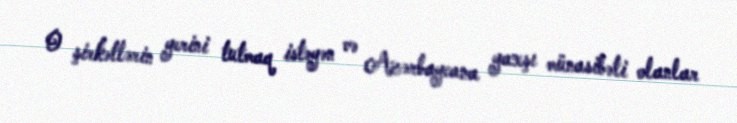
O şirkətlərin yerini tutmaq istəyən və Azərbaycana yaxşı münasibəti olanlar